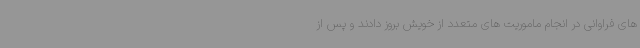
های فراوانی در انجام ماموریت های متعدد از خویش بروز دادند و پس از